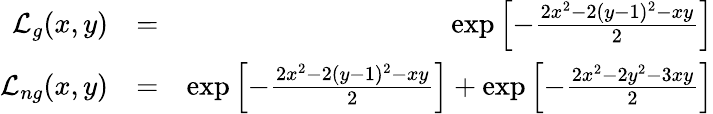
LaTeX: \begin{array}{rlr}{{\cal L}_{g}(x,y)}&{=}&{\exp\left[-\frac{2x^{2}-2(y-1)^{2}-xy}{2}\right]}\\ {{\cal L}_{ng}(x,y)}&{=}&{\exp\left[-\frac{2x^{2}-2(y-1)^{2}-xy}{2}\right]+\exp\left[-\frac{2x^{2}-2y^{2}-3xy}{2}\right]}\end{array}